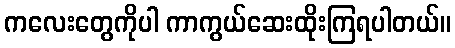
ကလေးတွေကိုပါ ကာကွယ်ဆေးထိုးကြရပါတယ်။